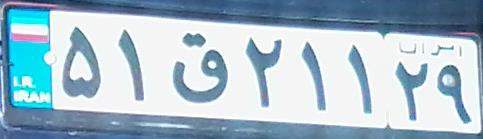
۵۱ق۲۱۱۲۹